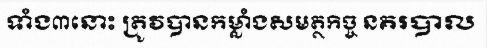
ទាំង៣នោះ ត្រូវបានកម្លាំងសមត្ថកិច្ច នគរបាល